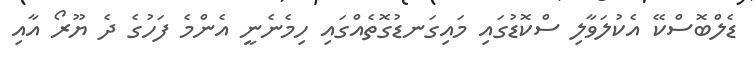
ޑެލްބޮސްކޭ އެކުލަވާލި ސްކޮޑުގައި މައިގަނޑުގޮތެއްގައި ހިމެނެނީ އެންމެ ފަހުގެ ދެ ޔޫރޯ އާއި